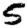
Digit: 5